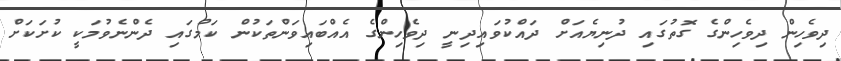
ދިވެހިން ދިވެހިންގެ ގޮތުގައި ދުނިޔެއަށް ދައްކުވައިދިނީ ދިވެހިންގެ އެއްބައިވަންތަކުން ކަމުގައި ދެންނެވުމަކީ ކުށަކަށް